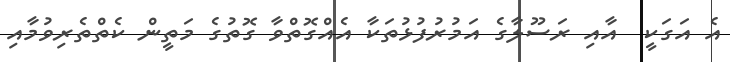
އެ އަގަކީ  އާއި ރަސޫލާގެ އަމުރުފުޅުތަކާ އެއްގޮތްވާ ގޮތުގެ މަތީން ކެތްތެރިވުމާއި